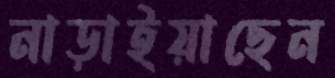
নাড়াইয়াছেন